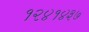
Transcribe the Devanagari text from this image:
१२४१४३७